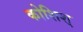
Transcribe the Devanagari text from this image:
कोशिश्